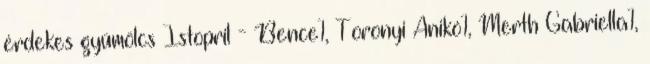
érdekes gyümölcs Istopril - Bence1, Toronyi Anikó1, Merth Gabriella1,